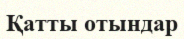
Қатты отындар